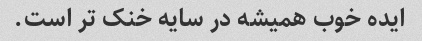
ایده خوب همیشه در سایه خنک تر است.